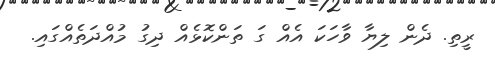
ރީތި. ދެން ލިޔާ ވާހަކަ އެއް ގަ ތަންކޮޅެއް ދިގު މުއްދަތެއްގައި.